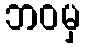
ဘဝမှ